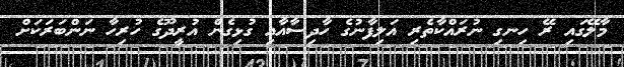
މާލޭގައި ރޭ ހިނގި ނުރައްކާތެރި އަލިފާނުގެ ހާދިސާއާއި ގުޅިގެން އުރީދޫގެ ހުރިހާ ނަންބަރަކަށް